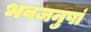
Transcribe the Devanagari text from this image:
भवजनुषां